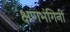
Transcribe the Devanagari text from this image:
क्षणभंगिनी